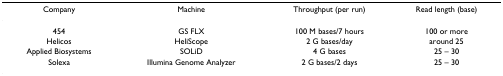
| Company | Machine | Throughput (per run) | Read length (base) |
 | --- | --- | --- | --- |
 | 454 | GS FLX | 100 M bases/7 hours | 100 or more |
 | Helicos | HeliScope | 2 G bases/day | around 25 |
 | Applied Biosystems | SOLiD | 4 G bases | 25 – 30 |
 | Solexa | Illumina Genome Analyzer | 2 G bases/2 days | 25 – 30 |